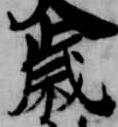
歳